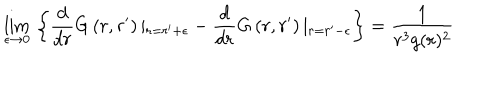
LaTeX: \lim _ { \epsilon \to 0 } \, \left\{ \frac { d } { d r } G \left( r , r ^ { \prime } \right) \vert _ { r = r ^ { \prime } + \epsilon } - \frac { d } { d r } G \left( r , r ^ { \prime } \right) \vert _ { r = r ^ { \prime } - \epsilon } \right\} = \frac { 1 } { r ^ { 3 } g ( r ) ^ { 2 } }